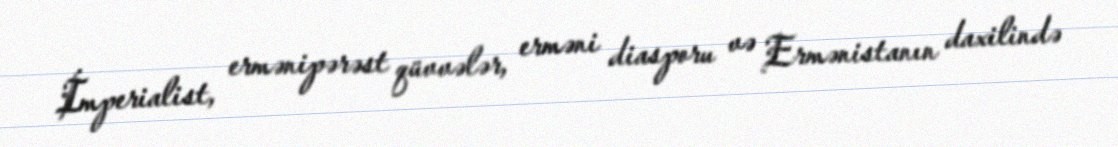
İmperialist, ermənipərəst qüvvələr, erməni diasporu və Ermənistanın daxilində